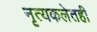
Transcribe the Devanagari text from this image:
नृत्यकलेतही